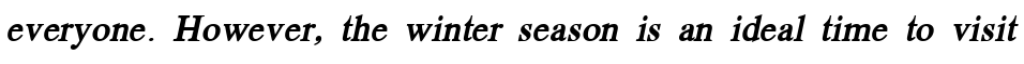
everyone. However, the winter season is an ideal time to visit